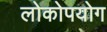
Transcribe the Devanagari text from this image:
लोकोपयोग